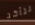
نتأكد